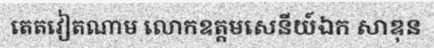
តេតវៀតណាម លោកឧត្តមសេនីយ៍ឯក សាឌុន